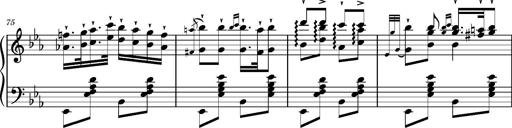
Title: Magyar rapszÃ³diÃ¡k
Composer: Franz Liszt